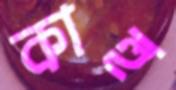
কাহু